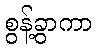
စွန့်ခွာကာ